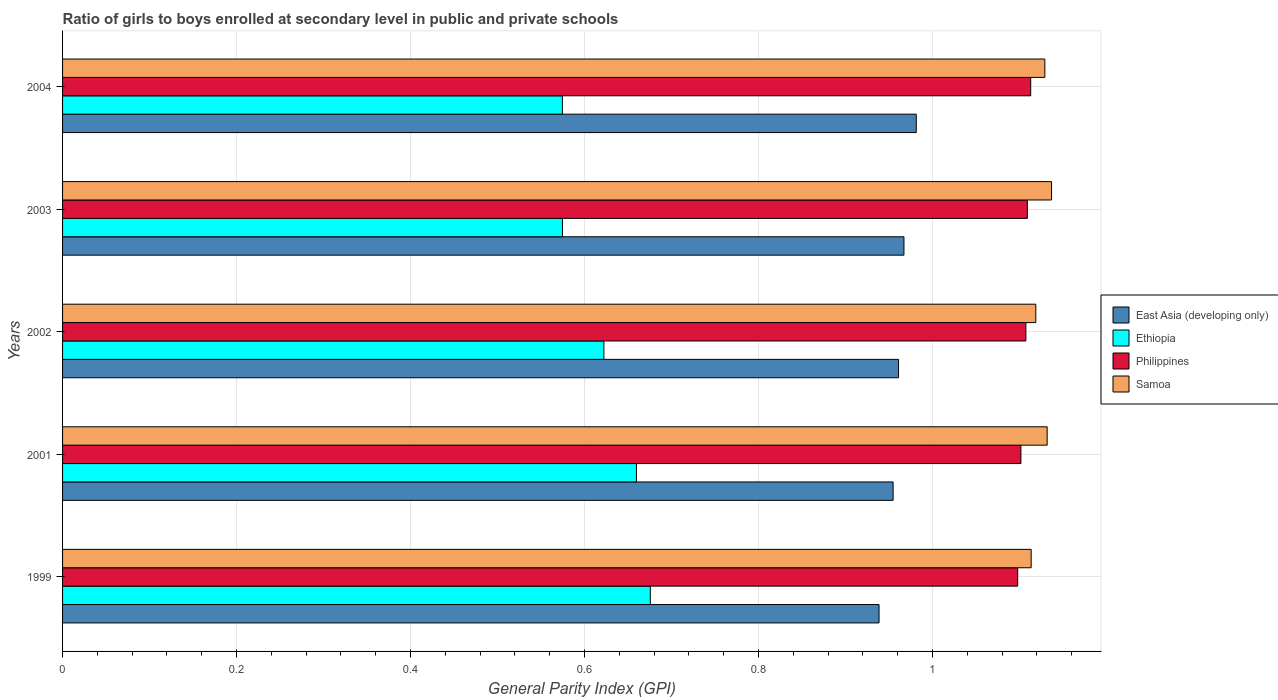
| Years | East Asia (developing only) | Ethiopia | Philippines | Samoa |
 | --- | --- | --- | --- | --- |
 | 1999 | 0.939 | 0.676 | 1.1 | 1.11 |
 | 2001 | 0.955 | 0.66 | 1.1 | 1.13 |
 | 2002 | 0.961 | 0.622 | 1.11 | 1.12 |
 | 2003 | 0.967 | 0.575 | 1.11 | 1.14 |
 | 2004 | 0.981 | 0.575 | 1.11 | 1.13 |